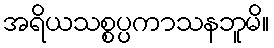
အရိယသစ္စပ္ပကာသနဘူမိ။